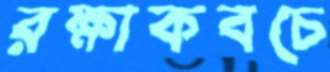
রক্ষাকবচে